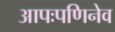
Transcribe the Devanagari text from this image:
आपःपणिनेव